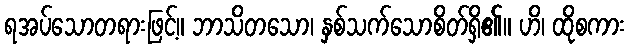
ရအပ်သောတရားဖြင့်။ ဘာသိတသော၊ နှစ်သက်သောစိတ်ရှိ၏။ ဟိ၊ ထိုစကား